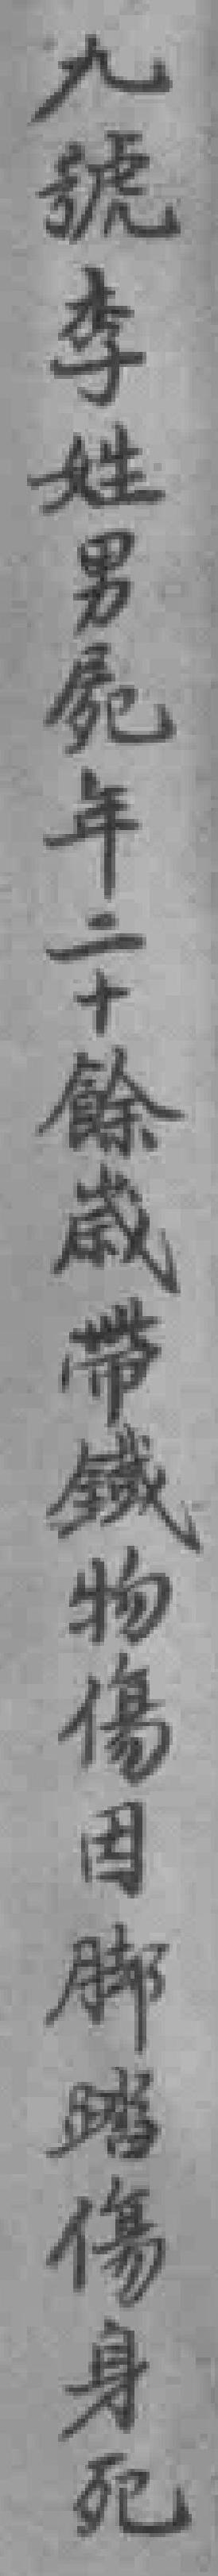
九號李姓男屍年二十餘歲帶鐵物傷因脚踏傷身死